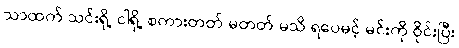
သာထက် သင်းရို့ ငါရို့ စကားတတ် မတတ် မသိ ရပေမင့် မင်းကို ဝိုင်းပြီး